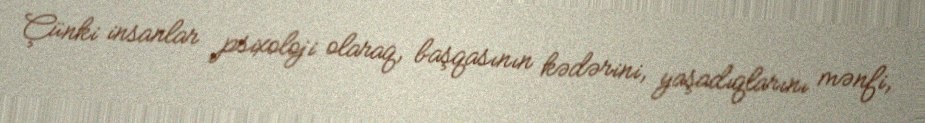
Çünki insanlar psixoloji olaraq, başqasının kədərini, yaşadıqlarını mənfi,